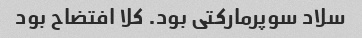
سلاد سوپرمارکتی بود. کلا افتضاح بود